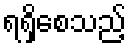
ရရှိစေသည့်